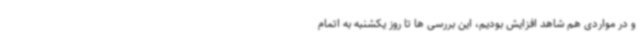
و در مواردی هم شاهد افزایش بودیم، این بررسی ها تا روز یکشنبه به اتمام